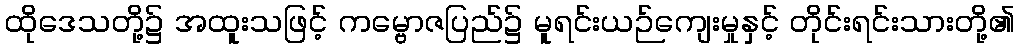
ထိုဒေသတို့၌ အထူးသဖြင့် ကမ္ဗောဇပြည်၌ မူရင်းယဉ်ကျေးမှုနှင့် တိုင်းရင်းသားတို့၏